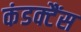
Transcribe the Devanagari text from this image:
कंडक्टैंस